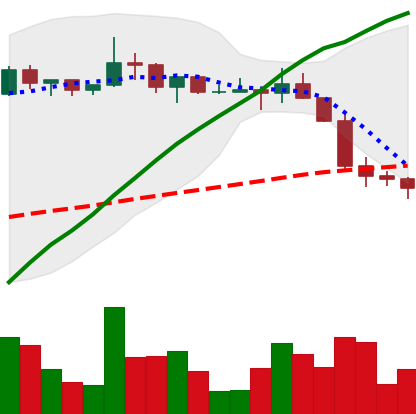
Ticker: LTC-USD
Chart end date: 2022-12-19
Forward return: 3.842%
Label: up_3_5